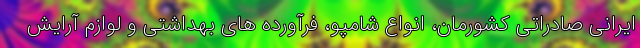
ایرانی صادراتی کشورمان، انواع شامپو، فرآورده های بهداشتی و لوازم آرایش